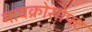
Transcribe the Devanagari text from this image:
मायक्रोसोफ्ट